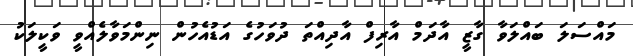
މައްސަލަ ބައްލަވާ ގާޒީ އާދަމް އާރިފް އާދިއްތަ ދުވަހުގެ އަޑުއެހުން ނިންމަވާލެއްވީ ވަކީލަކު